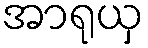
အာရုယှ